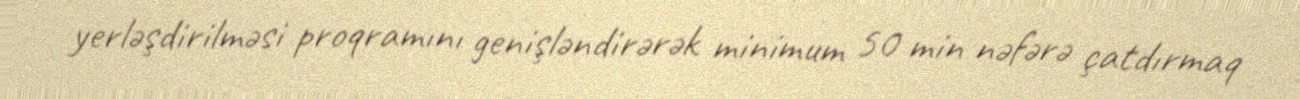
yerləşdirilməsi proqramını genişləndirərək minimum 50 min nəfərə çatdırmaq